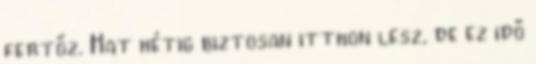
fertőz. Hat hétig biztosan itthon lesz, de ez idő